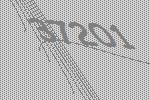
37201